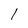
Character: 1